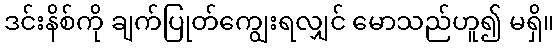
ဒင်းနိစ်ကို ချက်ပြုတ်ကျွေးရလျှင် မောသည်ဟူ၍ မရှိ။